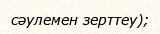
сәулемен зерттеу);